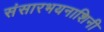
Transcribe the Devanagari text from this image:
संसारभयनाशिनी